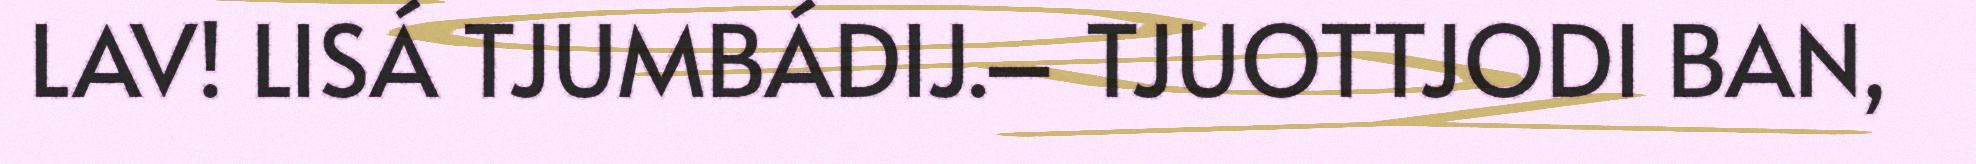
LAV! LISÁ TJUMBÁDIJ.– TJUOTTJODI BAN,